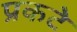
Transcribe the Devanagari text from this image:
प्रकटे